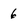
Character: 6